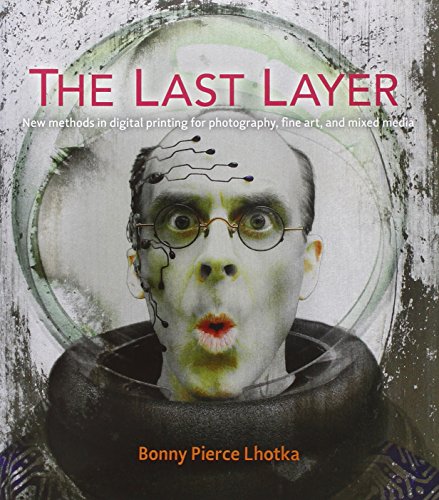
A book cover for The Last Layer: New methods in digital printing for photography, fine art, and mixed media (Voices That Matter); Bonny Pierce Lhotka; Computers & Technology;